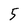
Character: 5